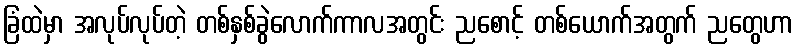
ခြံထဲမှာ အလုပ်လုပ်တဲ့ တစ်နှစ်ခွဲလောက်ကာလအတွင်း ညစောင့် တစ်ယောက်အတွက် ညတွေဟာ